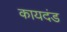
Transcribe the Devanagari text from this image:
कायदंड